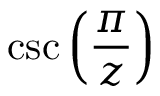
\csc \left( { \frac { \pi } { z } } \right)